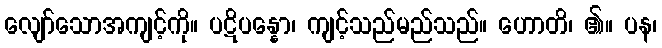
လျော်သောအကျင့်ကို။ ပဋိပန္နော၊ ကျင့်သည်မည်သည်။ ဟောတိ၊ ၏။ ပန၊